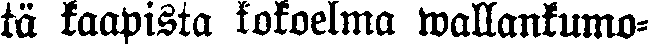
tä kaapista kokoelma wallankumo-